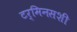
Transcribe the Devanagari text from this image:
टर्मिनसशी